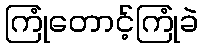
ကြုံတောင့်ကြုံခဲ